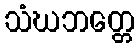
သံဃဘတ္တေ